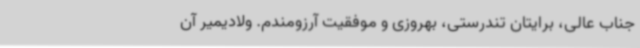
جناب عالی، برایتان تندرستی، بهروزی و موفقیت آرزومندم. ولادیمیر آن